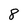
Character: 8